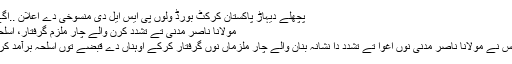
پچھلے دیہاڑ پاکستان کرکٹ بورڈ ولوں پی ایس ایل دی منسوخی دے اعلان ..اگے پڑھو
مولانا ناصر مدنی تے تشدد کرن والے چار ملزم گرفتار، اسلحہ برآمد
لہور: پلس نے مولانا ناصر مدنی نوں اغوا تے تشدد دا نشانہ بنان والے چار ملزماں نوں گرفتار کرکے اوہناں دے قبضے توں اسلحہ برآمد کر لیا اے۔